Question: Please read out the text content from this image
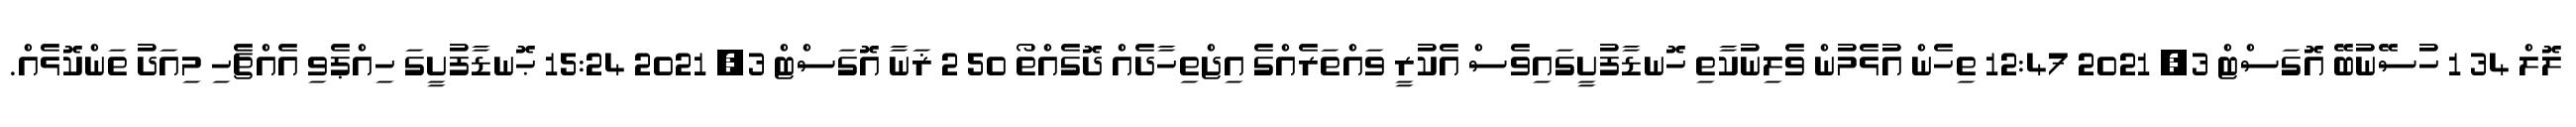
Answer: ލޮލް 34 1 ހުސޭނުބޭ އޮގަސްޓް 3, 2021 12:47 ތިހެން އުޅެމުން ވެލިނުކާތި ހޮނޑާފުށީގައިވެސް އެކުރީ ވައްތަރެއްގެ އިޖްތިހާދެއް ދޮގެއްތޯ 50 2 ޜަނާ އޮގަސްޓް 3, 2021 15:24 ޙޮނޑާފުށީގަ ހިއްޕެވި އެއްޗެހި މިއަދު ތަންކޮޅެއް.